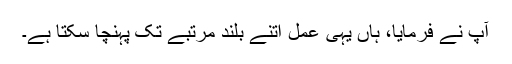
آپ نے فرمایا، ہاں یہی عمل اتنے بلند مرتبے تک پہنچا سکتا ہے۔